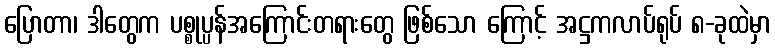
ပြောတာ၊ ဒါတွေက ပစ္စုပ္ပန်အကြောင်းတရားတွေ ဖြစ်သော ကြောင့် အဋ္ဌကလာပ်ရုပ် ၈-ခုထဲမှာ